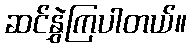
ဆင်နွှဲကြပါတယ်။